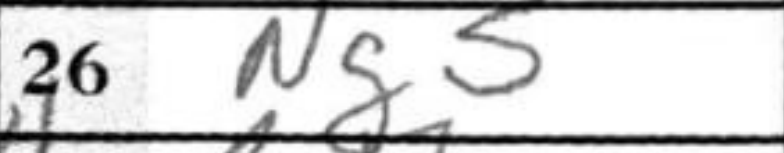
Transcription: Ng5